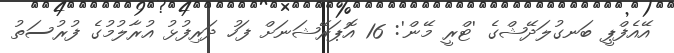
އޭއެފްޕީ ބަނގުލަދޭޝްގެ 'ޓްރީ މޭން': 16 އޮޕަރޭޝަނަށް ފަހު ދަރިފުޅު އުރާލުމުގެ ފުރުސަތު